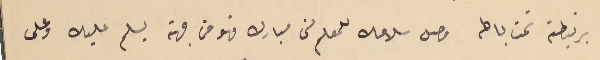
برنيطته تحت باطه وصل سلامك للمعلم من مبارك فهو من جهته يسلم عليك وعلى